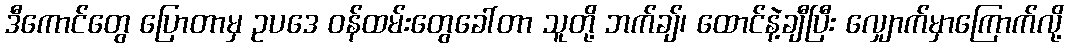
ဒီကောင်တွေ ပြောတာမှ ဥပဒေ ဝန်ထမ်းတွေခေါ်တာ သူတို့ ဘက်ချ်၊ ထောင်နဲ့ချီပြီး လျှောက်မှာကြောက်လို့